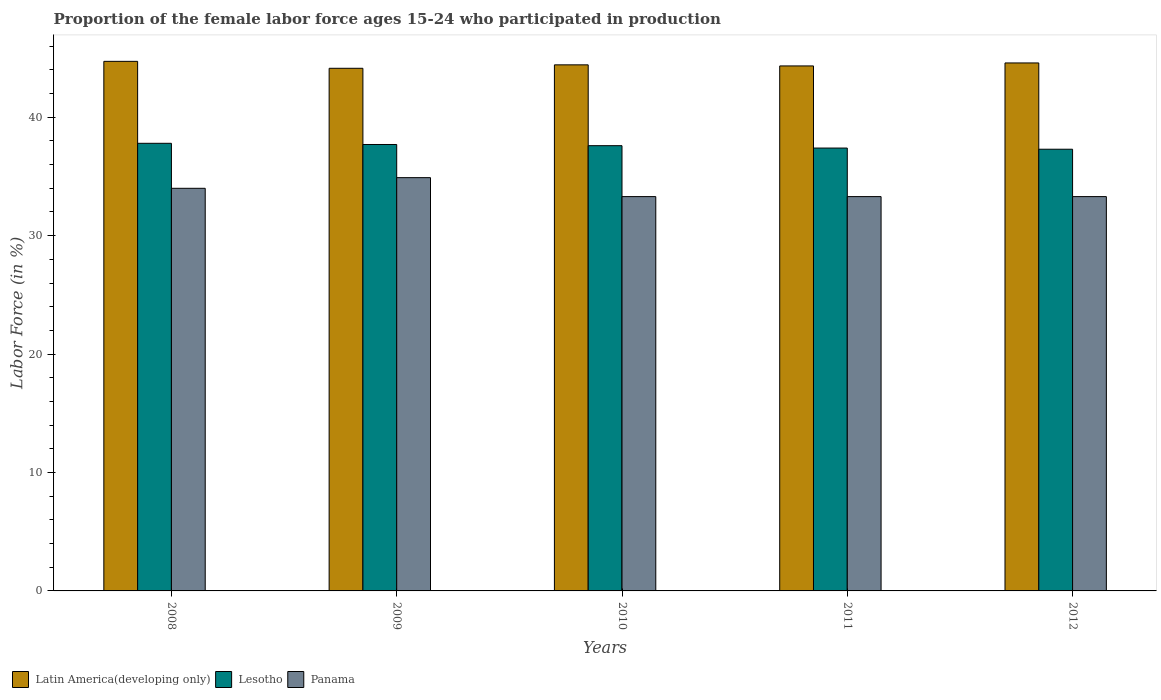
| Years | Latin America(developing only) | Lesotho | Panama |
 | --- | --- | --- | --- |
 | 2008 | 44.7 | 37.8 | 34 |
 | 2009 | 44.1 | 37.7 | 34.9 |
 | 2010 | 44.4 | 37.6 | 33.3 |
 | 2011 | 44.3 | 37.4 | 33.3 |
 | 2012 | 44.6 | 37.3 | 33.3 |